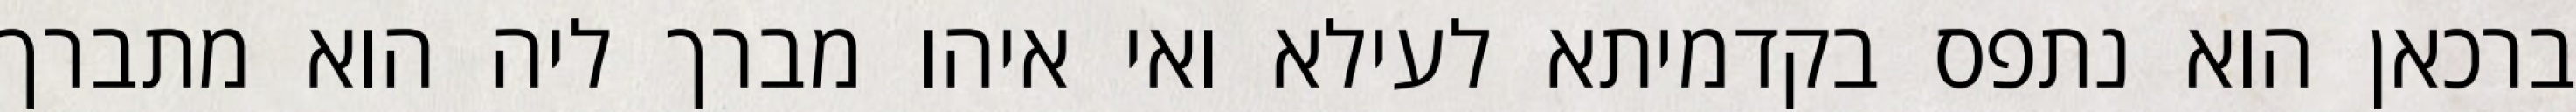
ברכאן הוא נתפס בקדמיתא לעילא ואי איהו מברך ליה הוא מתברך